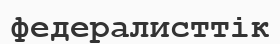
федералисттік